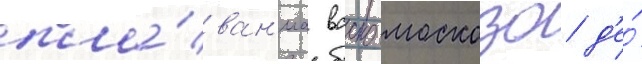
пла́ван'иа васко москозо д'е́